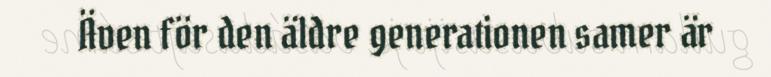
Även för den äldre generationen samer är